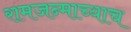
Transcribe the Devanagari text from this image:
रामजन्माच्याच